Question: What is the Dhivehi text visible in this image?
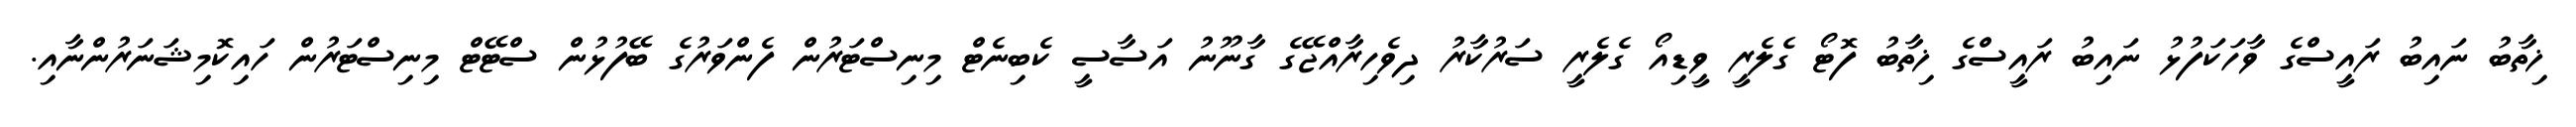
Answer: ޚިތާބު ނައިބު ރައީސްގެ ވާހަކަފުޅު ނައިބު ރައީސްގެ ޚިތާބު ފޮޓޯ ގެލެރީ ވީޑިއޯ ގެލެރީ ސަރުކާރު ދިވެހިރާއްޖޭގެ ގާނޫނު އަސާސީ ކެބިނެޓް މިނިސްޓަރުން ފެންވަރުގެ ބޭފުޅުން ސްޓޭޓް މިނިސްޓަރުން ހައިކޮމިޝަނަރުންނާއި.